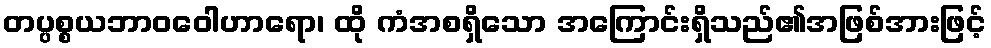
တပ္ပစ္စယဘာဝဝေါဟာရော၊ ထို ကံအစရှိသော အကြောင်းရှိသည်၏အဖြစ်အားဖြင့်